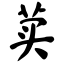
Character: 荬